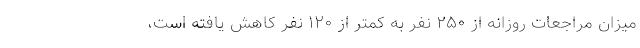
میزان مراجعات روزانه از ۲۵۰ نفر به کمتر از ۱۲۰ نفر کاهش یافته است،